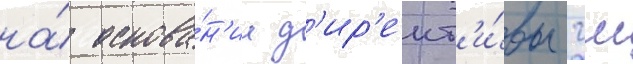
на́ основа́н'ии д'ир'ект'и́вы гш